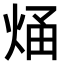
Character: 𭴶